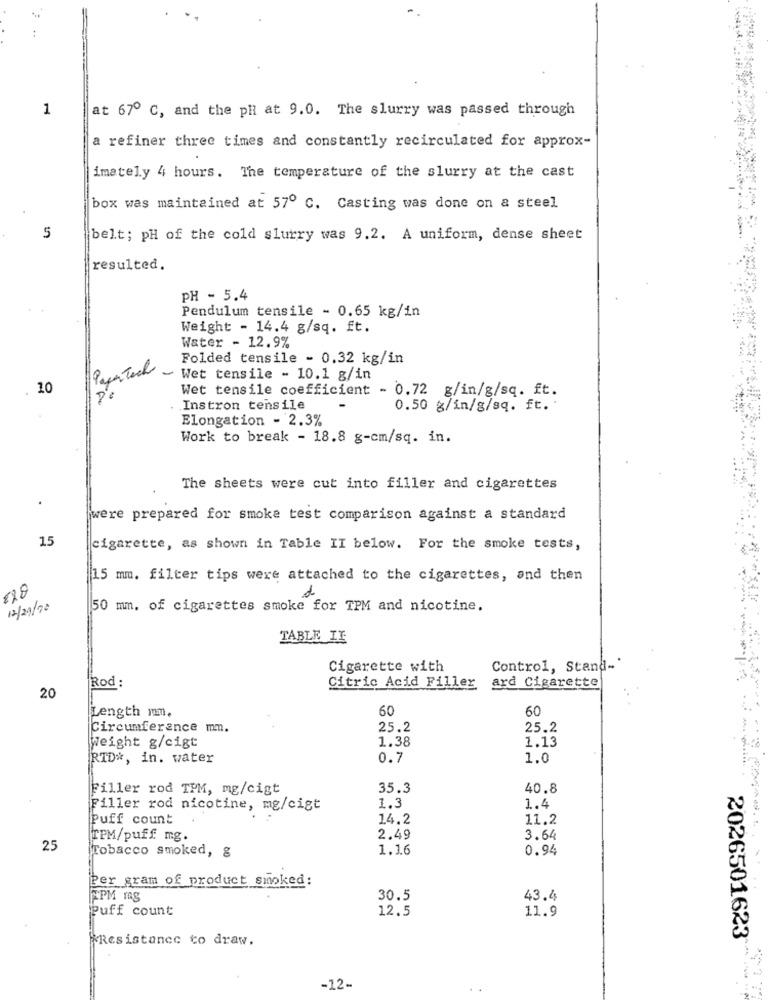
..
1
at 67º C, and the pH at 9.0. The slurry was passed through
a refiner three times and constantly recirculated for approx-
imately 4 hours. The temperature of the slurry at the cast
box was maintained at 57º C. Casting was done on a steel
5
belt; pH of the cold slurry was 9.2. A uniform, dense sheet
resulted.
PH - 5.4
Pendulum tensile - 0.65 kg/in
Weight - 14.4 g/sq. ft.
Water - 12.9%
Folded tensile - 0,32 kg/in
PaperTech
- Wet tensile - 10.1 g/in
. 10
Wet tensile coefficient - 0.72 g/in/g/sq. ft.
Instron tensile
0.50 g/in/g/sq. ft ..
Elongation - 2.3%
Work to break - 18.8 g-cm/sq. in.
The sheets were cut into filler and cigarettes
were prepared for smoke test comparison against a standard
15
cigarette, as shown in Table II below. For the smoke tests,
15 mm. filter tips were attached to the cigarettes, and then
12/29/20
50 mm. of cigarettes smoke for TPM and nicotine.
TABLE IF
Cigarette with
Control, Stand-"
Citric Acid Filler
20
Rod :
ard Cigarette
Length mm.
60
60
Circumference mm.
25.2
25.2
1.38
1.13
Weight g/cigt
RTD *, in. water
0.7
1.0
Filler rod TPM, mg/cigt
35.3
40.8
1.3
Filler rod nicotine, mg/cigt
1.4
Puff count
14.2
11.2
TPM/puff mg.
2.49
3.64
25
Tobacco smoked, g
1.16
0.94
Per gram of product smoked:
APM mg
30.5
43.4
Puff count
12.5
11.9
Resistance to draw.
2026501623
-12-